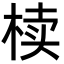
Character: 椟